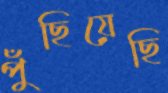
পুঁছিয়েছি